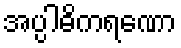
အပ္ပါဓိကရဏော